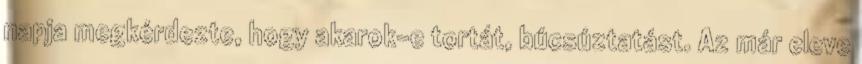
napja megkérdezte, hogy akarok-e tortát, búcsúztatást. Az már eleve